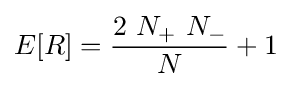
E[R]={\frac {2\ N_{+}\ N_{-}}{N}}+1